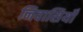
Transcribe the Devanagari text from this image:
निवासियोँ